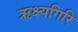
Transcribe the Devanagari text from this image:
ऋक्ष्यगिरि